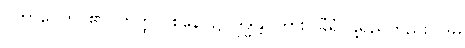
ဝိဘာဝေတိ၊ ၏။ တတ္ထ ဝစနေ၊ ၌။ ဒုဒ္ဓန္တိ၊ ကား။ ခီရံ၊ နို့ရည်တည်း။ ဒဓိ